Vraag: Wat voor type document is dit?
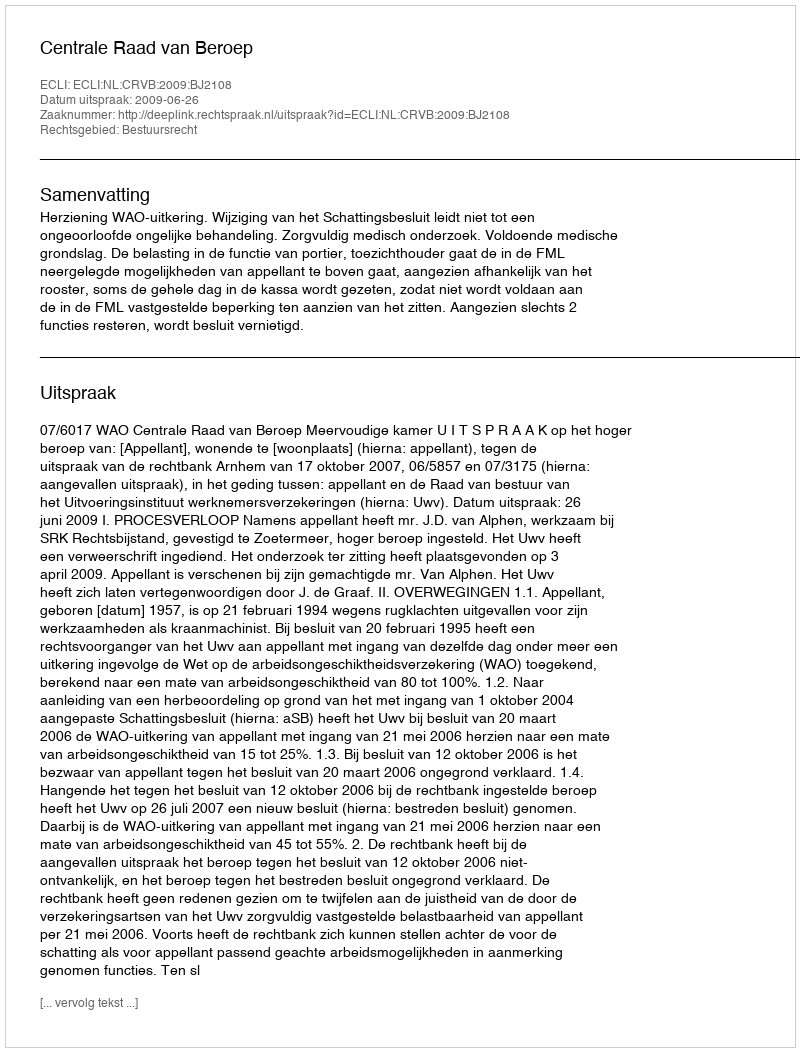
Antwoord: Uitspraak